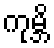
ကုမ္ဘိ